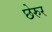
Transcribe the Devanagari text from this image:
छेरुर